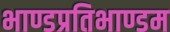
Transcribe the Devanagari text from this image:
भाण्डप्रतिभाण्डम